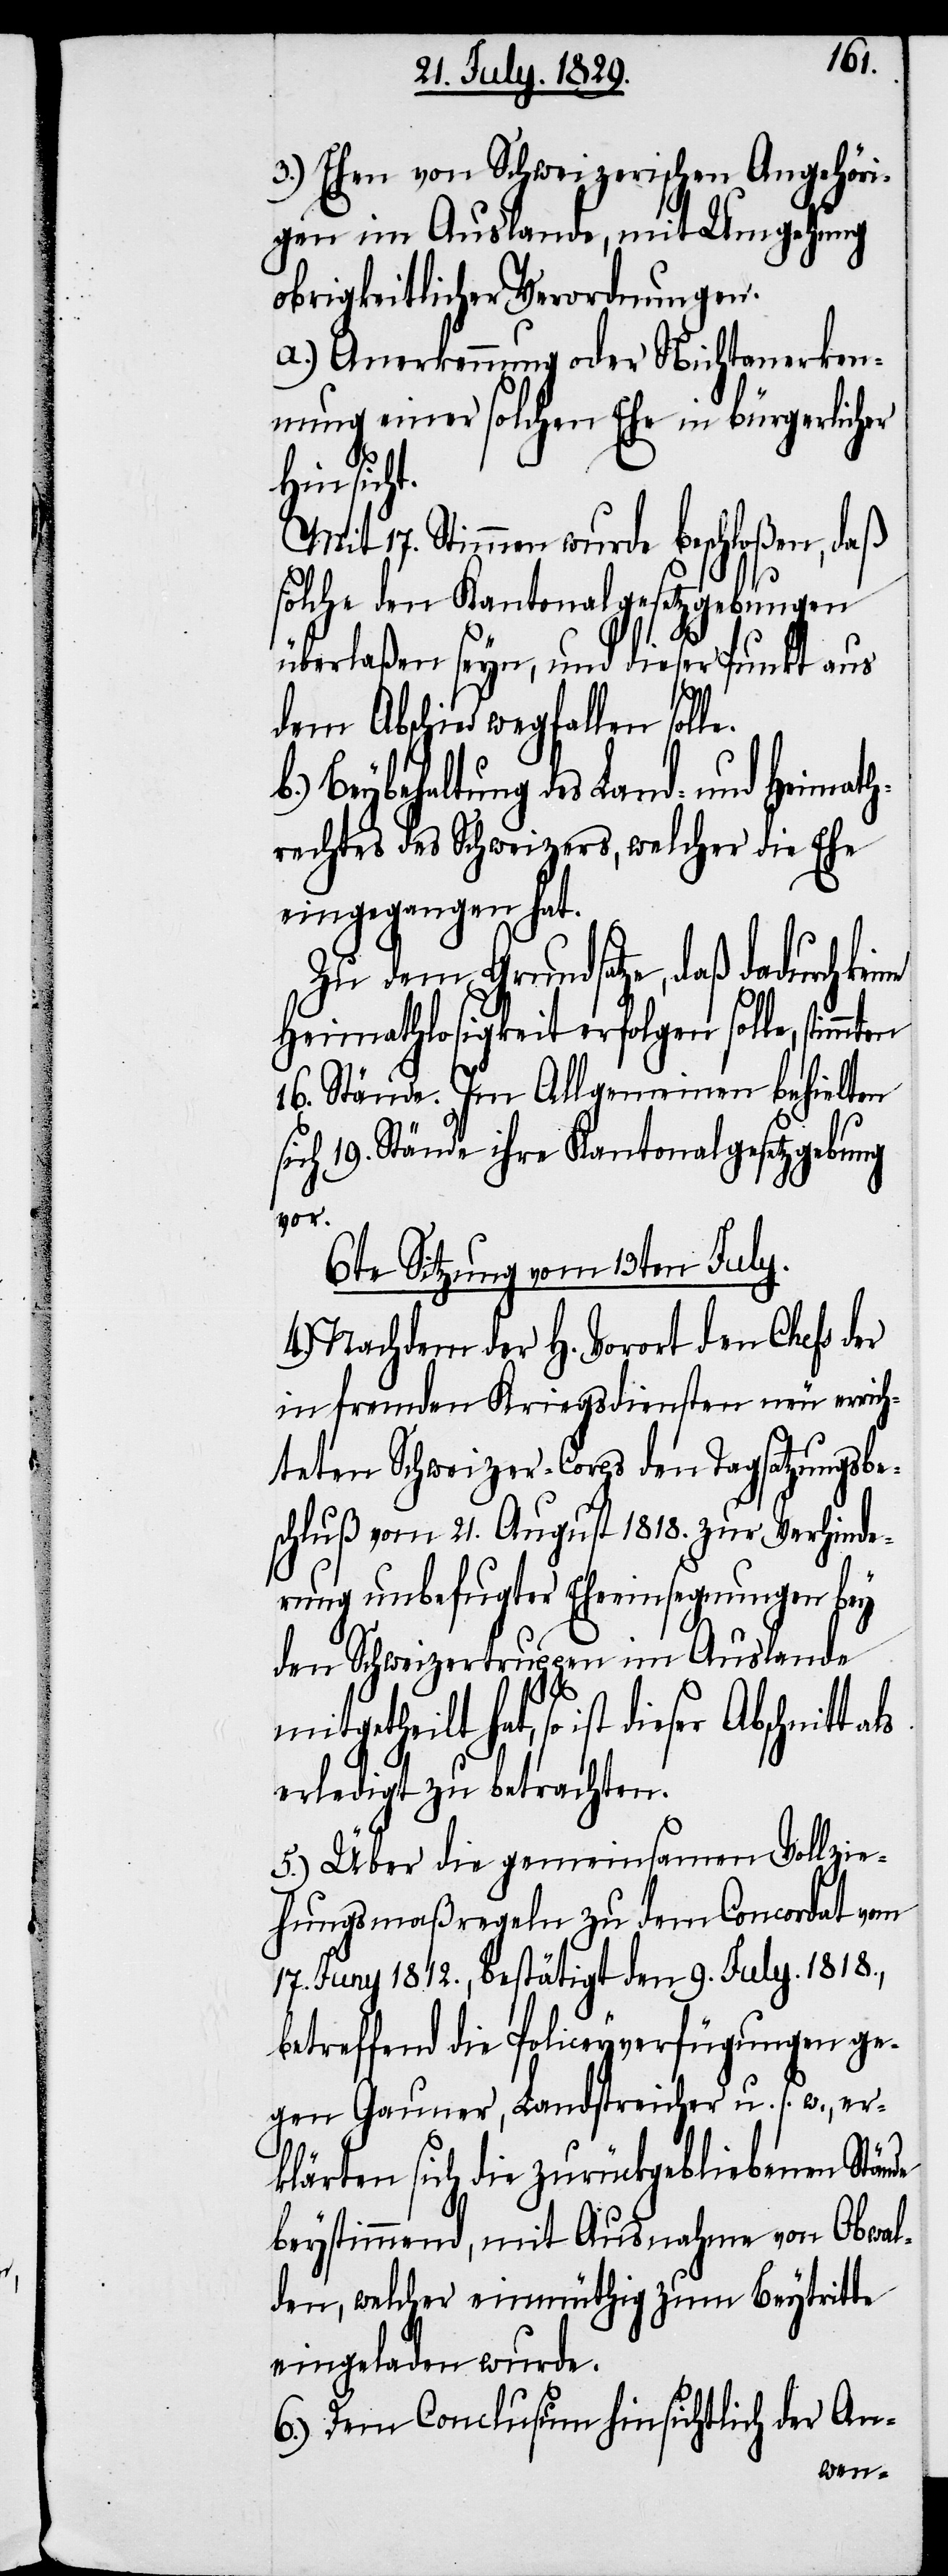
3.) Ehen von Schweizerischen Angehöri¬
gen im Auslande, mit Umgehung
obrigkeitlicher Verordnungen.
a.) Anerkennung oder Nichtanerken¬
nung einer solchen Ehe in bürgerlicher
Hinsicht.
Mit 17. Stimmen wurde beschloßen, daß
solche den Kantonalgesetzgebungen
überlaßen seyn, und dieser Punkt aus
dem Abschied wegfallen solle.
Beybehaltung des Land- und Heimath¬
rechtes des Schweizers, welcher die Ehe
eingegangen hat.
Zu dem Grundsatze, daß dadurch
Heimathlosigkeit erfolgen solle,
16. Stände. Im Allgemeinen behielten
sich 19. Stände ihre Kantonalgesetzgebung
vor.
6te Sitzung vom 13ten July.
4.) Nachdem der H. Vorort den Chefs der
in fremden Kriegsdiensten neu errich¬
teten Schweizer-Corps den Tagsatzungsbe¬
schluß vom 21. August 1818. zur Verhinde¬
rung unbefugter Eheeinsegnungen bey
den Schweizertruppen im Auslande
mitgetheilt hat, so ist dieser
erledigt zu betrachten.
5.) Über die gemeinsamen Vollzie¬
hungsmaßregeln zu dem Concordat vom
17. Juny 1812., bestätigt den 9. July 1818.,
betreffend die Policeyverfügungen ge¬
gen Gauner, Landstreicher u. s. w., er¬
klärten sich die zurückgebliebenen Stände
beystimmend, mit Ausnahme von Obwal¬
den, welcher einmüthig zum Beytritte
eingeladen wurde.
6.) Dem Conclusum hinsichtlich der An-
keine